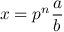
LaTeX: x = p ^ { n } { \frac { a } { b } }